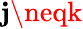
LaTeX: \mathbf{j}\neqk